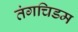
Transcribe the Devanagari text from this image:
तंगचिडम